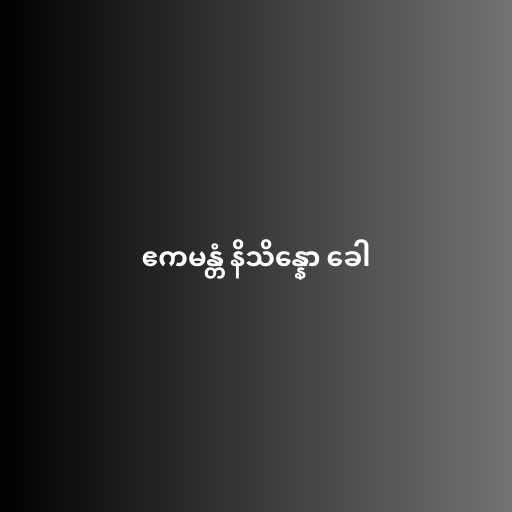
ဧကမန္တံ နိသိန္နော ခေါ